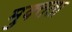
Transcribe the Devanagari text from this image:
मुक्‍तता